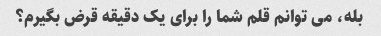
بله، می توانم قلم شما را برای یک دقیقه قرض بگیرم؟